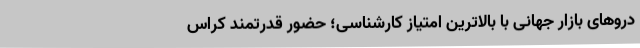
دروهای بازار جهانی با بالاترین امتیاز کارشناسی؛ حضور قدرتمند کراس